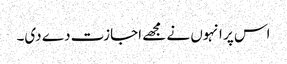
اس پر انہوں نے مجھے اجازت دے دی۔